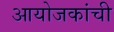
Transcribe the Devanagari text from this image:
आयोजकांची